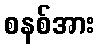
စနစ်အား